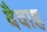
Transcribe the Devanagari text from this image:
वैवाह